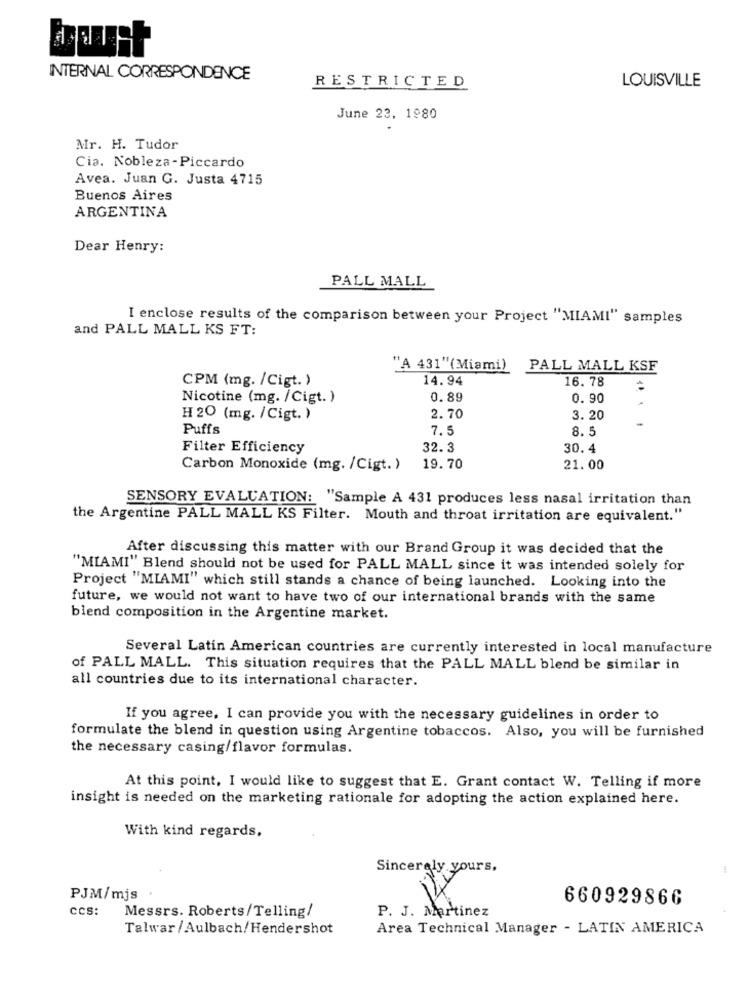
INTERNAL CORRESPONDENCE
RESTRICTED
LOUISVILLE
June 23, 1980
Mr. H. Tudor
Cia. Nobleza-Piccardo
Avea. Juan G. Justa 4715
Buenos Aires
ARGENTINA
Dear Henry:
PALL MALL
I enclose results of the comparison between your Project "MIAMI" samples
and PALL MALL KS FT:
"A 431"(Miami)
PALL MALL KSF
CPM (mg. /Cigt. )
14.94
16. 78
Nicotine (mg. /Cigt. )
0.89
0.90
H20 (mg. / Cigt. )
2.70
3. 20
Puffs
7.5
8. 5
Filter Efficiency
32.3
30. 4
Carbon Monoxide (mg. /Cigt. )
19.70
21.00
SENSORY EVALUATION: "Sample A 431 produces less nasal irritation than
the Argentine PALL MALL KS Filter. Mouth and throat irritation are equivalent."
After discussing this matter with our Brand Group it was decided that the
"MIAMI" Blend should not be used for PALL MALL since it was intended solely for
Project "MIAMI" which still stands a chance of being launched. Looking into the
future, we would not want to have two of our international brands with the same
blend composition in the Argentine market.
Several Latin American countries are currently interested in local manufacture
of PALL MALL. This situation requires that the PALL MALL blend be similar in
all countries due to its international character.
If you agree, I can provide you with the necessary guidelines in order to
formulate the blend in question using Argentine tobaccos. Also, you will be furnished
the necessary casing/flavor formulas.
At this point, I would like to suggest that E. Grant contact W. Telling if more
insight is needed on the marketing rationale for adopting the action explained here.
With kind regards,
Sincerely yours,
PJM/mjs
660929866
CCS:
Messrs. Roberts/Telling/
P. J. Martinez
Talwar /Aulbach/Hendershot
Area Technical Manager - LATIN AMERICA